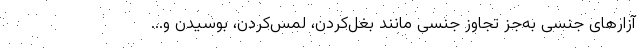
آزارهای جنسی به‌جز تجاوز جنسی مانند بغل‌کردن، لمس‌کردن، بوسیدن و...